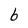
Character: 6